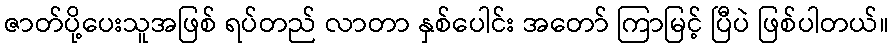
ဇာတ်ပို့ပေးသူအဖြစ် ရပ်တည် လာတာ နှစ်ပေါင်း အတော် ကြာမြင့် ပြီပဲ ဖြစ်ပါတယ်။